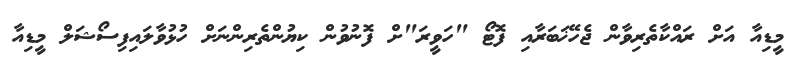
މީޑިއާ އަށް ރައްކާތެރިވާން ޖެހޭޚަބަރާއި ފޮޓޯ "ހަވީރަ"ށް ފޮނުވުން ކިޔުންތެރިންނަށް ހުޅުވާލައިފިސޯޝަލް މީޑިއާ